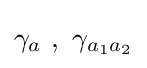
\gamma _{a}~,~\gamma _{a_{1}a_{2}}